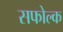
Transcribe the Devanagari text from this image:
सफोल्क